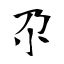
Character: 尕